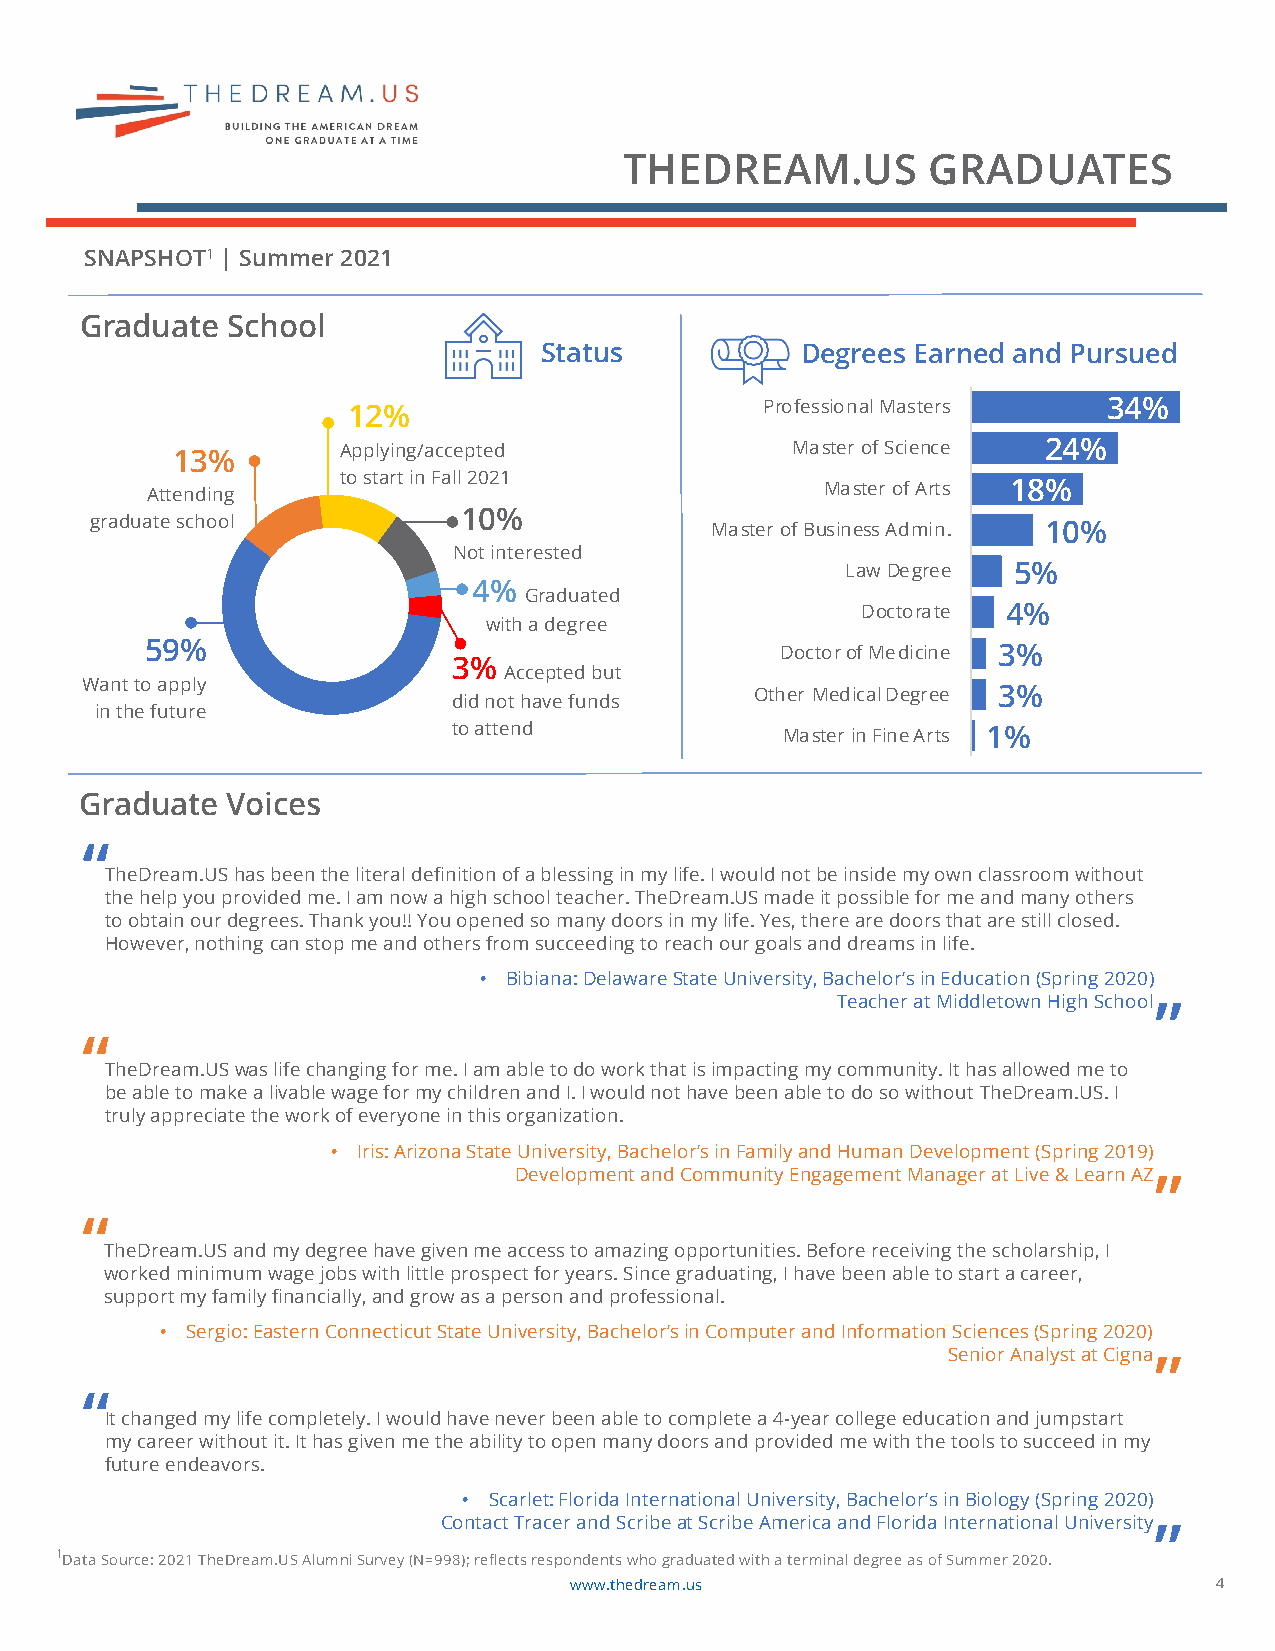
THEDREAM.US         GRADUATES
 SNAPSHOT1 | Summer2021
 Graduate  School
 Status           Degrees Earned and Pursued
 12%                         Professional Masters  34%
 13%         Applying/accepted            Master of Science 24%
 to start in Fall 2021
 Attending                                    Master of Arts 18%
 10%
 graduate school                          Master of Business Admin. 10%
 Not interested
 Law Degree 5%
 4%
 Graduated
 Doctorate 4%
 with a degree
 59%                                       Doctor of Medicine 3%
 3%
 Accepted but
 Want to apply
 Other Medical Degree 3%
 did not have funds
 in the future
 to attend             Master in Fine Arts 1%
 Graduate  Voices
 “
 TheDream.US has been the literal definition of a blessing in my life. I would not be inside my own classroom without
 the help you provided me. I am now a high school teacher. TheDream.US made it possible for me and many others
 to obtain our degrees. Thank you!! You opened so many doors in my life. Yes, there aredoors that are still closed.
 However, nothing can stop me and others from succeeding to reach our goals and dreams in life.
 “
 • Bibiana:DelawareStateUniversity, Bachelor’s in Education (Spring 2020)
 Teacher at Middletown High School
 “
 TheDream.USwas life changing for me. I am able todo work that is impacting my community. It has allowed me to
 be able to make a livable wage for my children and I.I would not have been able to do so without TheDream.US. I
 truly appreciate the work of everyone in this organization.
 “
 • Iris: Arizona State University, Bachelor’s in Family and Human Development (Spring2019)
 Development and Community Engagement Manager at Live & Learn AZ
 “
 TheDream.US and my degree have given me access to amazing opportunities. Before receiving the scholarship, I
 worked minimum wage jobs with little prospect for years. Since graduating, I have been able to start a career,
 support my family financially, and grow as a person and professional.
 “
 • Sergio:Eastern Connecticut State University, Bachelor’s in Computer and Information Sciences (Spring 2020)
 Senior Analyst at Cigna
 “
 It changed my life completely. I would have never been able to complete a 4-year college education and jumpstart
 my career without it. It has given me the ability to open many doors and provided me with the tools to succeed in my
 future endeavors.
 “
 • Scarlet: Florida International University, Bachelor’s in Biology (Spring 2020)
 Contact Tracer and Scribe at Scribe America and Florida International University
 1Data Source: 2021 TheDream.US Alumni Survey (N=998); reflects respondents who graduated with a terminal degree as of Summer 2020.
 www.thedream.us                            4